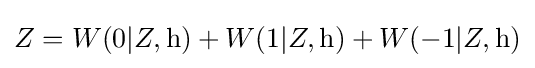
Z=W(0|Z,\mathrm {h} )+W(1|Z,\mathrm {h} )+W(-1|Z,\mathrm {h} )